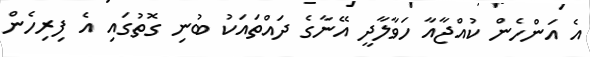
އެ އަންހެން ކުއްޖާއާ ހަވާލާދީ އޭނާގެ ދައްތައަކު ބުނި ގޮތުގައި އެ ފިރިހެން